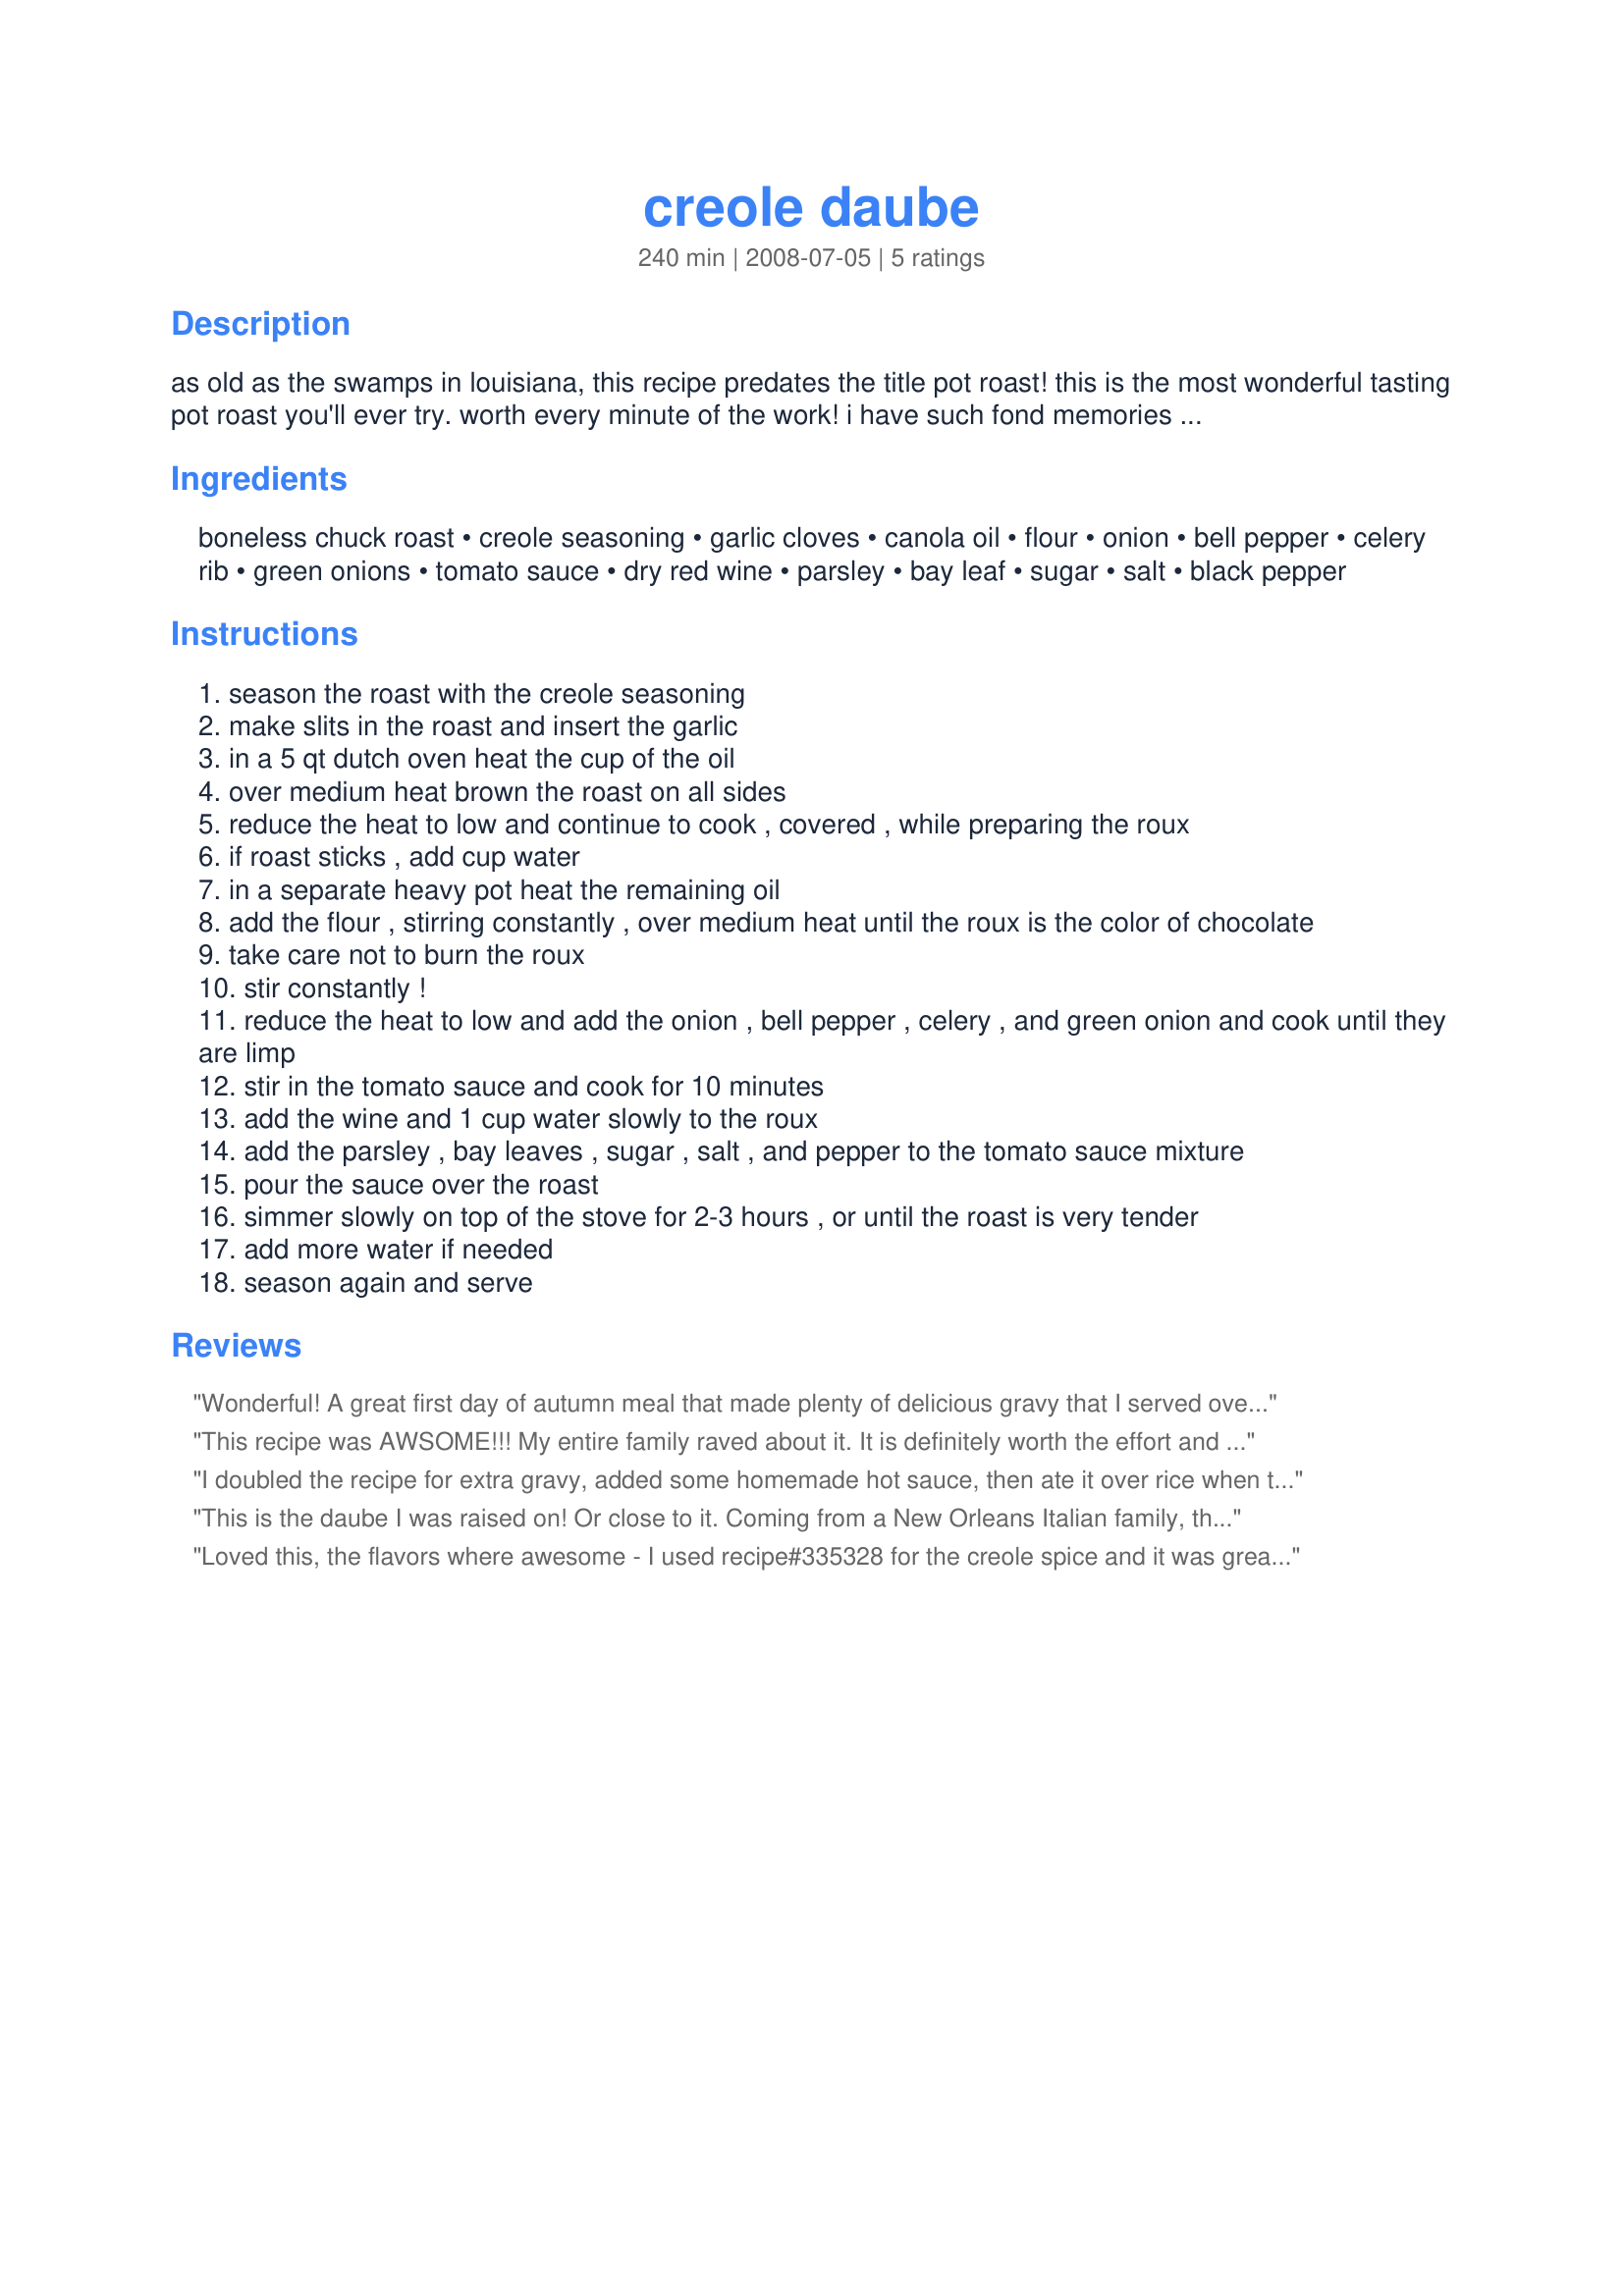
creole daube
Preparation time: 240 minutes

as old as the swamps in louisiana, this recipe predates the title pot roast! this is the most wonderful tasting pot roast you'll ever try. worth every minute of the work! i have such fond memories of my grandmother creating this magic in her kitchen and her entire house filled with the heavenly aroma. for the creole seasoning, i use emeril's with half the salt and then watch the amount of salt and pepper you add depending on the amount already in your creole seasoning.

Ingredients:
boneless chuck roast, creole seasoning, garlic cloves, canola oil, flour, onion, bell pepper, celery rib, green onions, tomato sauce, dry red wine, parsley, bay leaf, sugar, salt, black pepper

Steps:
season the roast with the creole seasoning
make slits in the roast and insert the garlic
in a 5 qt dutch oven heat the cup of the oil
over medium heat brown the roast on all sides
reduce the heat to low and continue to cook , covered , while preparing the roux
if roast sticks , add cup water
in a separate heavy pot heat the remaining oil
add the flour , stirring constantly , over medium heat until the roux is the color of chocolate
take care not to burn the roux
stir constantly !
reduce the heat to low and add the onion , bell pepper , celery , and green onion and cook until they are limp
stir in the tomato sauce and cook for 10 minutes
add the wine and 1 cup water slowly to the roux
add the parsley , bay leaves , sugar , salt , and pepper to the tomato sauce mixture
pour the sauce over the roast
simmer slowly on top of the stove for 2-3 hours , or until the roast is very tender
add more water if needed
season again and serve

Reviews:
Wonderful! A great first day of autumn meal that made plenty of delicious gravy that I served over mounds of homemade mashed potatoes. The roux took about 30 minutes to turn a dark brown color, the roast took about 4 hours to reach well-done which is how we like our chuck roasts. It was tender and the garlic gave a very nice subtle flavor without being overwhelming like some recipes can be. I thickened the gravy slightly right before serving. DH and I both give this Creole Daube a big thumbs up! Thanks Trinkets!! Made for the Ragin' Cajun photo tag event in the Photos Forum.
This recipe was AWSOME!!! My entire family raved about it. It is definitely worth the effort and time to prepare.
I doubled the recipe for extra gravy, added some homemade hot sauce, then ate it over rice when the roast was gone. Excellent!
This is the daube I was raised on! Or close to it. Coming from a New Orleans Italian family, the sauce was a bit different. But I tried this version and simply loved it! (I still remember getting &quot;Italian&quot; daube from Tony&#039;s Spaghetti House in the French Quarter!)
Loved this, the flavors where awesome - I used recipe#335328 for the creole spice and it was great. DH & I really enjoyed the blend of flavors. I did cook this in the crock-pot for ease. Served it over steamed rice. Thanks for the excellant directions on making the roux - I've never done that before and probably would have stopped way to soon if you hadn't put in the neat hint "looks like chocolate" now I know what a roux really is.<br/>As an update to this, I wanted to come and let you know that this has become a favorite of ours and still make it often. Still using the crock pot and this time instead of using tomatoe sauce, used canned tomatoes (that's what I had) and it is still so very good.
